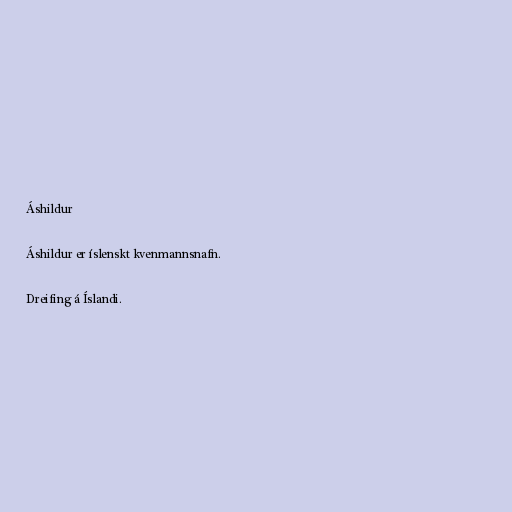
Áshildur

Áshildur er íslenskt kvenmannsnafn.

Dreifing á Íslandi.